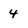
Character: 4